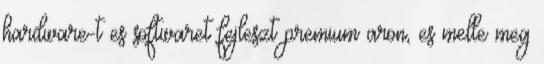
hardware-t es softwaret fejleszt premium aron, es melle meg